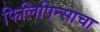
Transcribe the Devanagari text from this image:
फिलिपिन्साचा